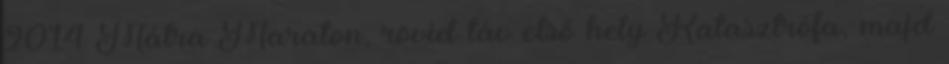
2014 Mátra Maraton, rövid táv első hely Katasztrófa, majd